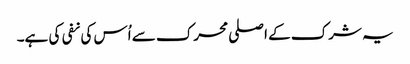
یہ شرک کے اصلی محرک سے اُس کی نفی کی ہے۔